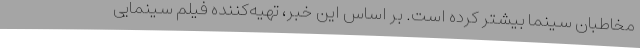
مخاطبان سینما بیشتر کرده است. بر اساس این خبر، تهیه‌کننده فیلم سینمایی